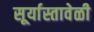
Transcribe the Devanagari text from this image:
सूर्यास्तावेळी